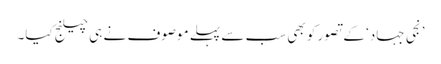
’نجی جہاد‘ کے تصور کو بھی سب سے پہلے موصوف نے ہی چیلنج کیا۔